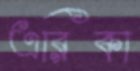
এরিকা